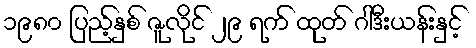
၁၉၈၀ ပြည့်နှစ် ဇူလိုင် ၂၉ ရက် ထုတ် ဂါဒီးယန်းနှင့်